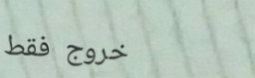
خروج فقط